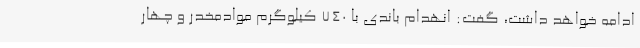
ادامه خواهد داشت، گفت: انهدام باندی با 740 کیلوگرم موادمخدر و چهار